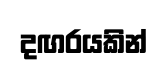
දඟරයකින්